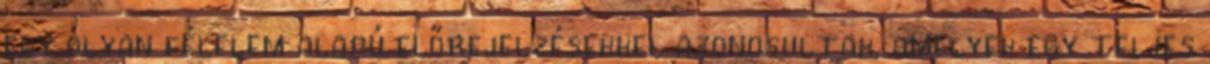
egy olyan félelem alapú előrejelzésekkel azonosultak, amelyek egy teljes